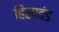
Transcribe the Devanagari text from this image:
हिंसादंड